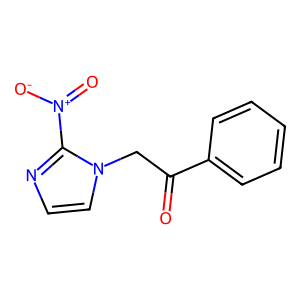
SMILES: O=C(Cn1ccnc1[N+](=O)[O-])c1ccccc1
Inhibits HIV replication: No